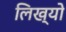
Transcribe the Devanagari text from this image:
लिख्‍यो